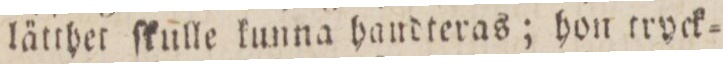
lätthet ſkulle kunna handteras; hon tryck=